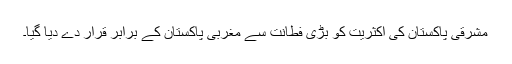
مشرقی پاکستان کی اکثریت کو بڑی فطانت سے مغربی پاکستان کے برابر قرار دے دیا گیا۔